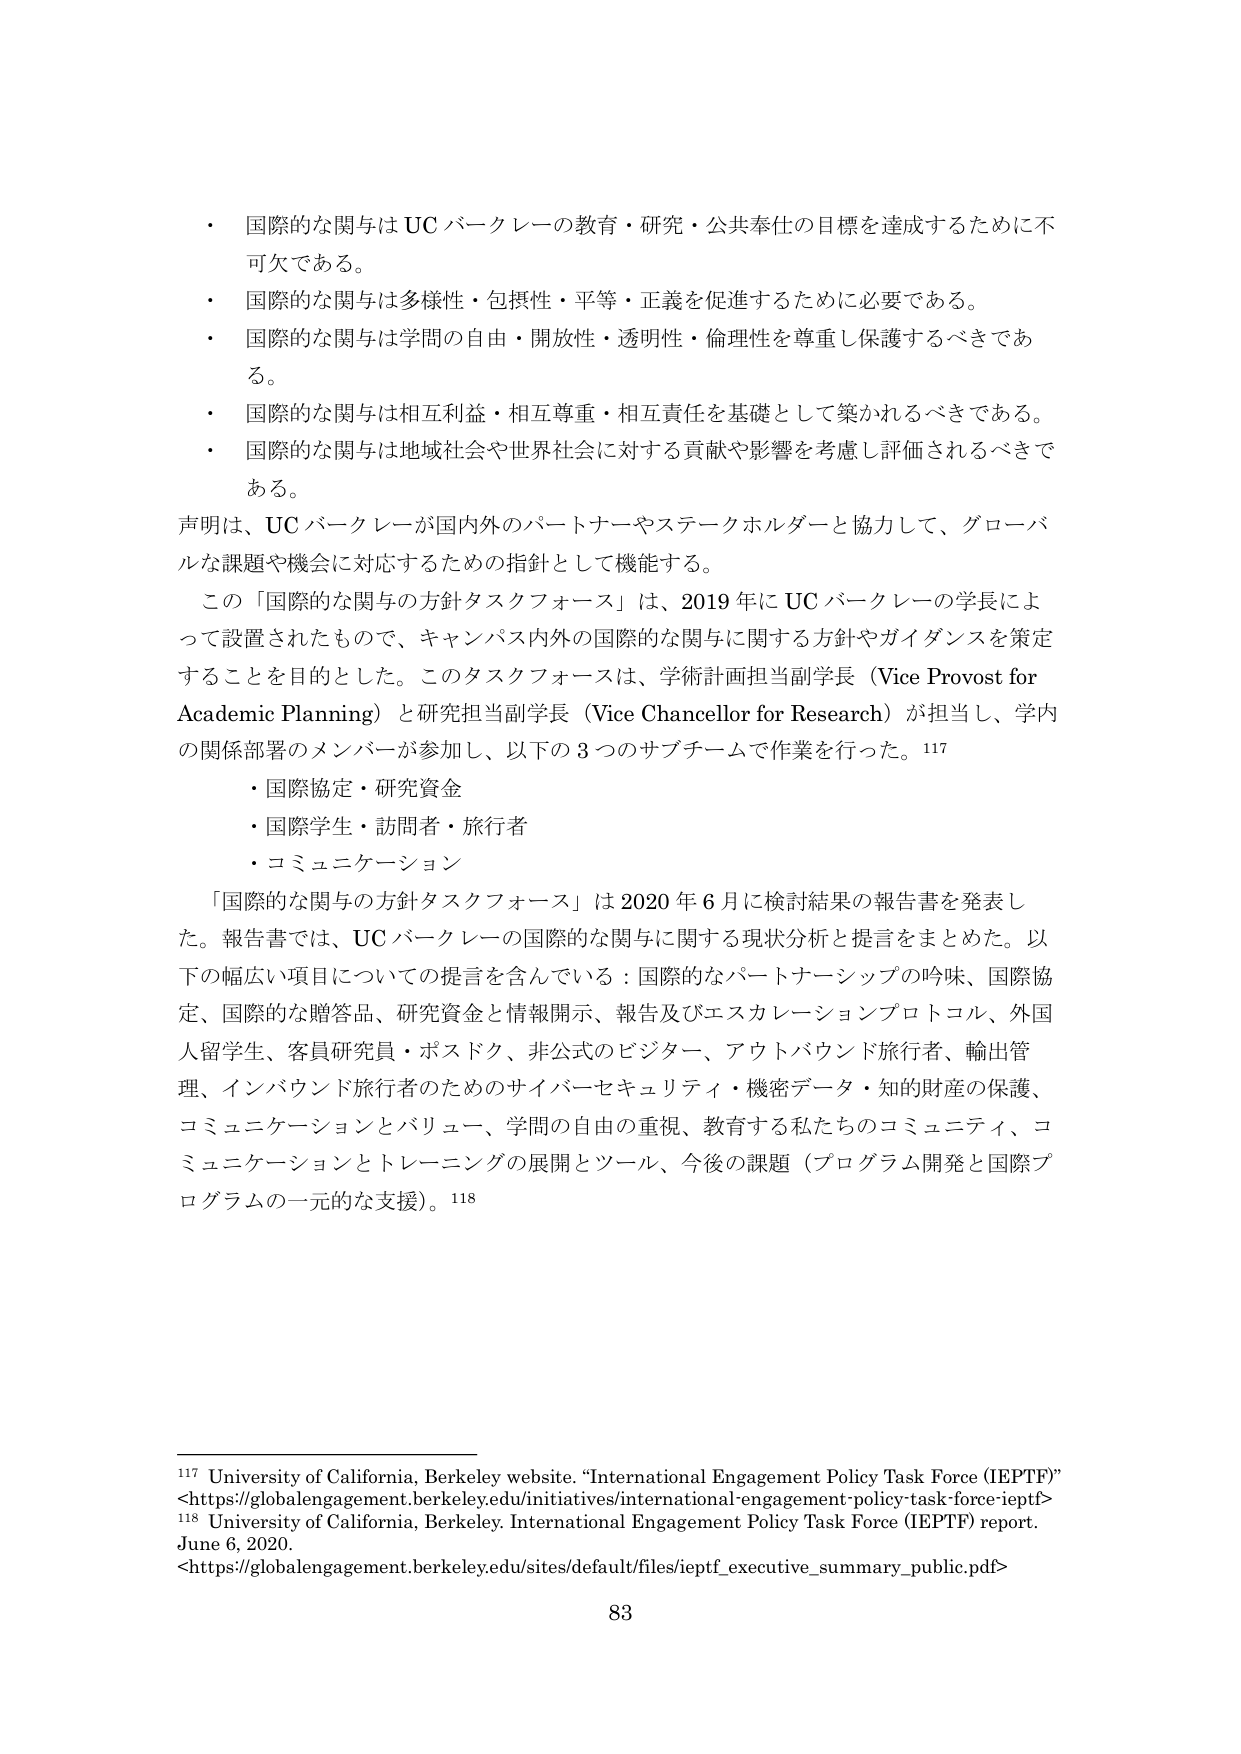
・ 国際的な関与は UC バークレーの教育・研究・公共奉仕の目標を達成するために不可欠である。
・ 国際的な関与は多様性・包摂性・平等・正義を促進するために必要である。
・ 国際的な関与は学問の自由・開放性・透明性・倫理性を尊重し保護するべきである。
・ 国際的な関与は相互利益・相互尊重・相互責任を基礎として築かれるべきである。
・ 国際的な関与は地域社会や世界社会に対する貢献や影響を考慮し評価されるべきである。

声明は、UC バークレーが国内外のパートナーやステークホルダーと協力して、グローバルな課題や機会に対応するための指針として機能する。

この「国際的な関与の方針タスクフォース」は、2019 年に UC バークレーの学長によって設置されたもので、キャンパス内外の国際的な関与に関する方針やガイダンスを策定することを目的とした。このタスクフォースは、学術計画担当副学長（Vice Provost for Academic Planning）と研究担当副学長（Vice Chancellor for Research）が担当し、学内の関係部署のメンバーが参加し、以下の 3 つのサブチームで作業を行った。¹¹⁷

・ 国際協定・研究資金
・ 国際学生・訪問者・旅行者
・ コミュニケーション

「国際的な関与の方針タスクフォース」は 2020 年 6 月に検討結果の報告書を発表した。報告書では、UC バークレーの国際的な関与に関する現状分析と提言をまとめた。以下の幅広い項目についての提言を含んでいる：国際的なパートナーシップの吟味、国際協定、国際的な贈答品、研究資金と情報開示、報告及びエスカレーションプロトコル、外国人留学生、客員研究員・ポスドク、非公式のビジター、アウトバウンド旅行者、輸出管理、インバウンド旅行者のためのサイバーセキュリティ・機密データ・知的財産の保護、コミュニケーションとバリュー、学問の自由の重視、教育する私たちのコミュニティ、コミュニケーションとトレーニングの展開とツール、今後の課題（プログラム開発と国際プログラムの一元的な支援）。¹¹⁸

¹¹⁷ University of California, Berkeley website. “International Engagement Policy Task Force (IEPTF)” <https://globalengagement.berkeley.edu/initiatives/international-engagement-policy-task-force-ieptf>
¹¹⁸ University of California, Berkeley. International Engagement Policy Task Force (IEPTF) report. June 6, 2020. <https://globalengagement.berkeley.edu/sites/default/files/ieptf_executive_summary_public.pdf>

83